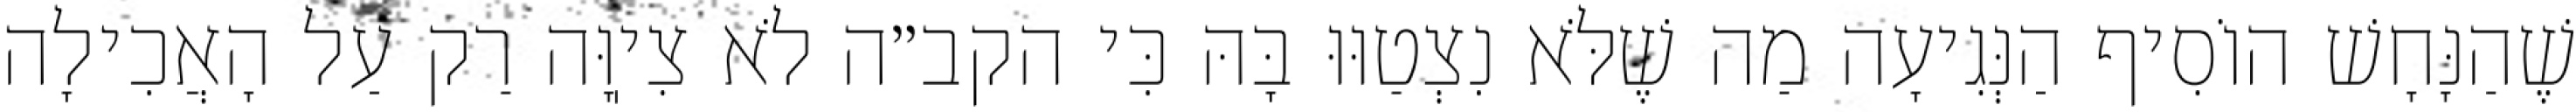
שֶׁהַנָּחָשׁ הוֹסִיף הַנְּגִיעָה מַה שֶׁלֹּא נִצְטַוּוּ בָּהּ כִּי הקב״ה לֹא צִיֽוָּה רַק עַל הָאֲכִילָה